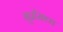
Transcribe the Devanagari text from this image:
सुप्रसिध्‍ध